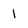
Character: I